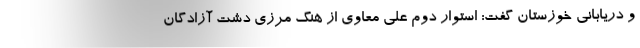
و دریابانی خوزستان گفت: استوار دوم علی معاوی از هنگ مرزی دشت آزادگان